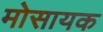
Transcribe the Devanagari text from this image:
मोसायक